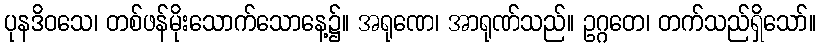
ပုနဒိဝသေ၊ တစ်ဖန်မိုးသောက်သောနေ့၌။ အရုဏေ၊ အာရုဏ်သည်။ ဥဂ္ဂတေ၊ တက်သည်ရှိသော်။